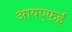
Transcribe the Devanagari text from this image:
आयएफई